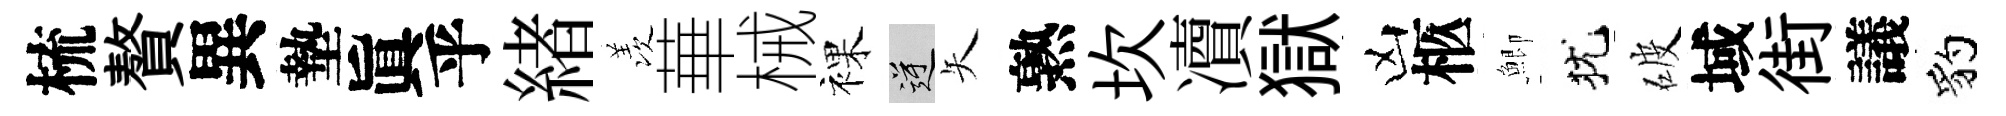
梳贅異墊眞乎緖羡華械裸逆矢熟坎凟獄凶柩鯽犹破域街議豹